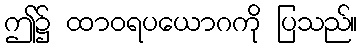
ဤ၌ ထာဝရပယောဂကို ပြသည်။